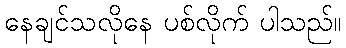
နေချင်သလိုနေ ပစ်လိုက် ပါသည်။